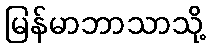
မြန်မာဘာသာသို့